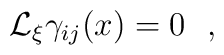
{\cal L}_{\xi}\gamma_{ij}(x)=0~~,